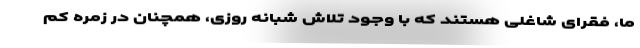
ما، فقرای شاغلی هستند که با وجود تلاش شبانه روزی، همچنان در زمره کم